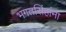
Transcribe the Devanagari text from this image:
भगतसिंहांना